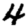
Digit: 4